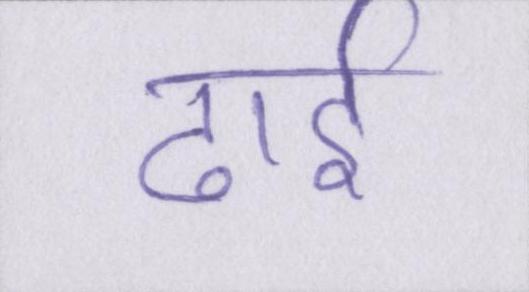
ढाई